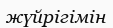
жүйрігімін